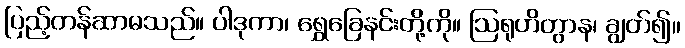
ပြည့်တန်ဆာမသည်။ ပါဒုကာ၊ ရွှေခြေနင်းတို့ကို။ ဩရုဟိတွာန၊ ချွတ်၍။